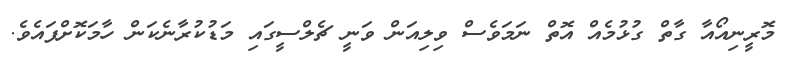
މޮރީނިއޯއާ ގާތް ގުޅުމެއް އޮތް ނަމަވެސް ވިލިއަން ވަނީ ޗެލްސީގައި މަޑުކުރާނެކަން ހާމަކޮށްފައެވެ.